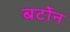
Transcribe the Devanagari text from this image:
बर्टोन